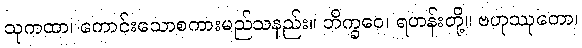
သုကထာ၊ ကောင်းသောစကားမည်သနည်း။ ဘိက္ခဝေ၊ ရဟန်းတို့။ ဗဟုဿုတော၊